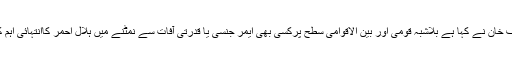
2016ء)خیبر پختونخوا کے وزیر ابتدائی و ثانوی تعلیم محمد عاطف خان نے کہا ہے بلاشبہ قومی اور بین الاقوامی سطح پرکسی بھی ایمر جنسی یا قدرتی آفات سے نمٹنے میں ہلال احمر کاانتہائی اہم کردار رہا ہے اور ہر مشکل گھڑی میں قوم کا بھرپور ساتھ دیا ہے۔